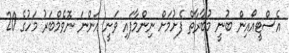
އެސްޓީއޯއިން ބުނީ މުބާރާތް ފެށުމަށް ނިންމާފައި ވަނީ އަންނަ ނޮވެމްބަރު މަހުގެ 20